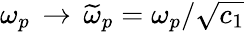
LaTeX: \omega_{p}\, \rightarrow\, \widetilde{\omega}_{p}=\omega_{p}/\sqrt{c_{1}}